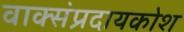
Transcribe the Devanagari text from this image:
वाक्संप्रदायकोश